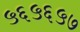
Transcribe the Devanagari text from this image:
५६५६५७